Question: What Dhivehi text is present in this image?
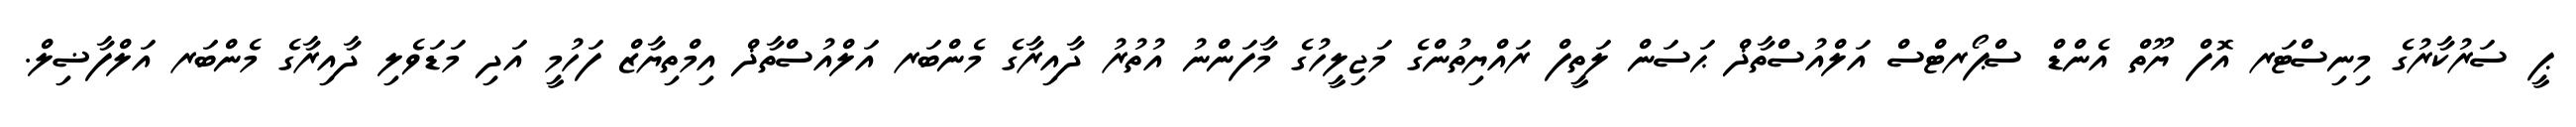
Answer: ޕީ ސަރުކާރުގެ މިނިސްޓަރ އޮފް ޔޫތް އެންޑް ސްޕޯރޓްސް އަލްއުސްތާޛް ޙަސަން ލަތީފް ރައްޔިތުންގެ މަޖިލީހުގެ މާފަންނު އުތުރު ދާއިރާގެ މެންބަރ އަލްއުސްތާޛް އިމްތިޔާޒް ފަހުމީ އަދި މަޑަވެލި ދާއިރާގެ މެންބަރ އަލްފާޟިލް.